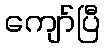
ကျော်ပြီ